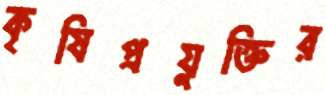
কৃষিপ্রযুক্তির